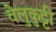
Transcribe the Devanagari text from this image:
वेलुकुट्टी